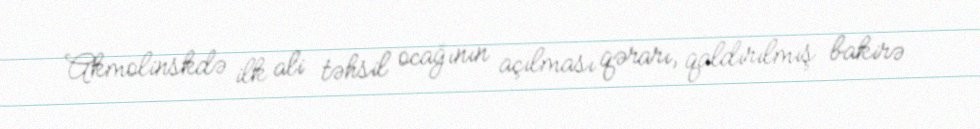
Akmolinskdə ilk ali təhsil ocağının açılması qərarı, qaldırılmış bakirə